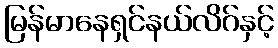
မြန်မာနေရှင်နယ်လိဂ်နှင့်